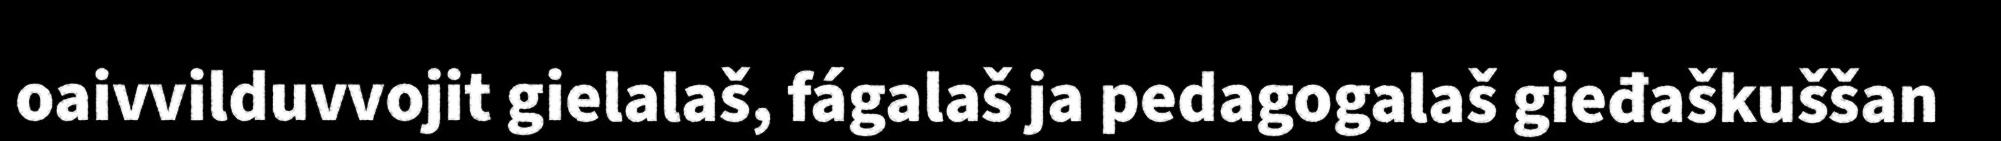
oaivvilduvvojit gielalaš, fágalaš ja pedagogalaš gieđaškuššan